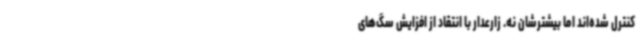
کنترل شده‌اند اما بیشترشان نه. زارعدار با انتقاد از افزایش سگ‌های